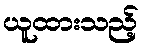
ယူထားသည့်